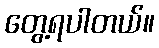
တွေ့ရပါတယ်။